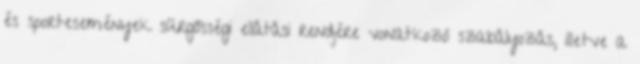
és sportesemények sürgősségi ellátási rendjére vonatkozó szabályozás, illetve a